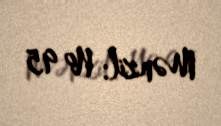
Mənzil: № 95